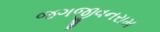
જગજીવનરામ